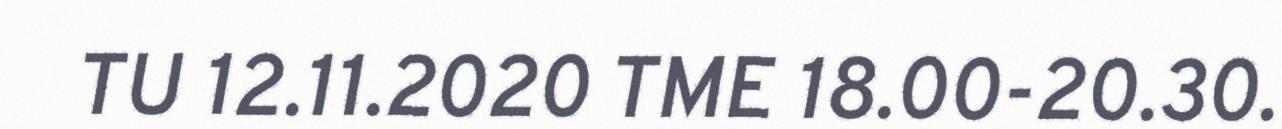
TU 12.11.2020 TME 18.00-20.30.